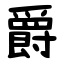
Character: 爵